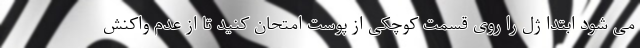
می شود ابتدا ژل را روی قسمت کوچکی از پوست امتحان کنید تا از عدم واکنش